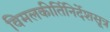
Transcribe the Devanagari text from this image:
विमलकीर्तिनिर्देशसूत्र